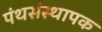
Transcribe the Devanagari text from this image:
पंथसंस्थापक